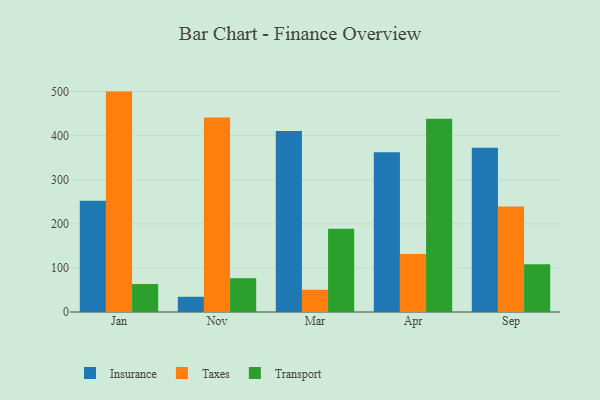
{"axis": {"x": "Month", "y": "Gross Profit (USD K)"}, "legend": ["Insurance", "Taxes", "Transport"], "data": [{"x": "Jan", "y": 252.6, "type": "Insurance"}, {"x": "Jan", "y": 499.9, "type": "Taxes"}, {"x": "Jan", "y": 63.4, "type": "Transport"}, {"x": "Nov", "y": 34.5, "type": "Insurance"}, {"x": "Nov", "y": 441.3, "type": "Taxes"}, {"x": "Nov", "y": 76.6, "type": "Transport"}, {"x": "Mar", "y": 410.4, "type": "Insurance"}, {"x": "Mar", "y": 50.5, "type": "Taxes"}, {"x": "Mar", "y": 189.0, "type": "Transport"}, {"x": "Apr", "y": 362.3, "type": "Insurance"}, {"x": "Apr", "y": 131.4, "type": "Taxes"}, {"x": "Apr", "y": 438.5, "type": "Transport"}, {"x": "Sep", "y": 372.6, "type": "Insurance"}, {"x": "Sep", "y": 239.2, "type": "Taxes"}, {"x": "Sep", "y": 108.4, "type": "Transport"}]}